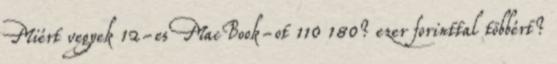
Miért vegyek 12-es MacBook-ot 110 180? ezer forinttal többért?